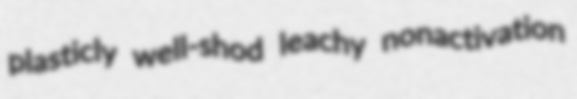
plasticly well-shod leachy nonactivation